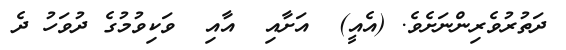
ދަތުރުވެރިންނަށެވެ. (އެއީ)  އަށާއި  އާއި  ވަކިވުމުގެ ދުވަހު ދެ